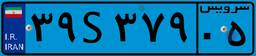
۳۶S۱۶۸۰۵